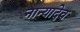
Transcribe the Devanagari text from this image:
नान्यादेव